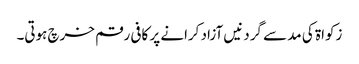
زکواۃ کی مد سے گردنیں آزاد کرانے پر کافی رقم خرچ ہوتی۔